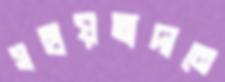
সহায়তাদানে